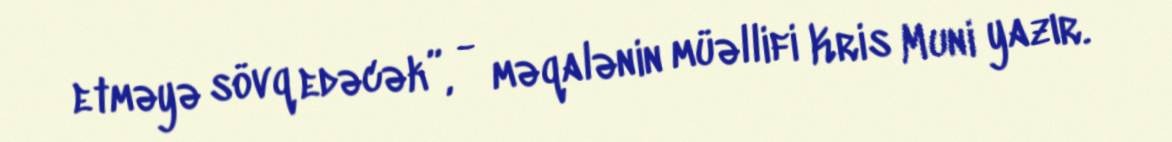
etməyə sövq edəcək”, - məqalənin müəllifi Kris Muni yazır.